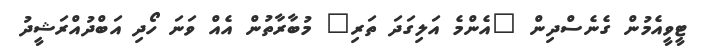
ޓީވީއެމުން ގެނެސްދިން "އެންމެ އަލިގަދަ ތަރި" މުބާރާތުން އެއް ވަނަ ހޯދި އަބްދުއްރަޝީދު